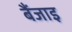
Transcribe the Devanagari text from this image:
बैंजाइ